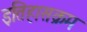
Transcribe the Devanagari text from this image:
इतिहासक्रम